Burma Government Medical School reports 1923-41
Year: 1923
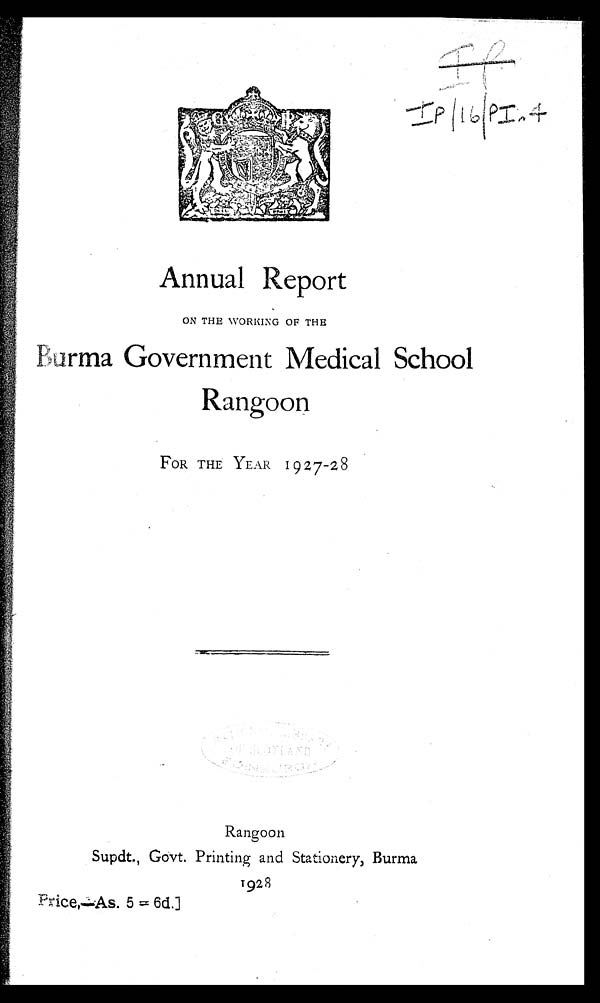
I P
Annual Report
ON THE WORKING OF THE
Burma Government Medical School
R a n g o o n
FOR THE YEAR 1927-28
Rangoon
Supdt., Govt. Printing and Stationery, Burma
1928
Price,—As. 5=6d.]